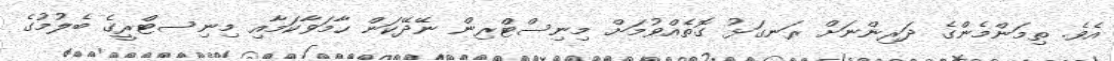
އެވެ. ތިމަންމެންގެ ދަރިންނަށް ރަނގަޅު ގޮތެއްވުމަށް މިނިސްޓްރިން ނޭދޭކަން ހާމަވާކަމާއި މިނިސޓްރީގެ ބެލުމުގެ